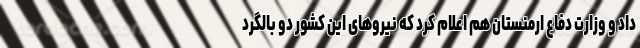
داد و وزارت دفاع ارمنستان هم اعلام کرد که نیروهای این کشور دو بالگرد